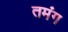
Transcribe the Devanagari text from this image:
तमंग